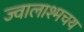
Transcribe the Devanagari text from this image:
ज्वालाश्मचय